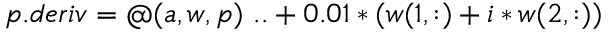
p . d e r i v = @ ( a , w , p ) \, \, . . + 0 . 0 1 * ( w ( 1 , : ) + i * w ( 2 , : ) )